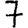
Digit: 7